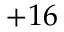
+ 1 6